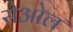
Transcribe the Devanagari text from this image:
सेओल